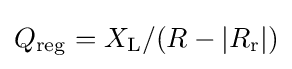
Q_{\mathrm {reg} }=X_{\mathrm {L} }/(R-|R_{\mathrm {r} }|)